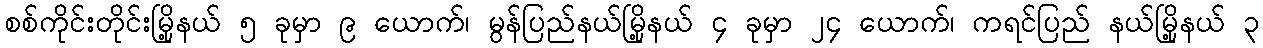
စစ်ကိုင်းတိုင်းမြို့နယ် ၅ ခုမှာ ၉ ယောက်၊ မွန်ပြည်နယ်မြို့နယ် ၄ ခုမှာ ၂၄ ယောက်၊ ကရင်ပြည် နယ်မြို့နယ် ၃